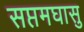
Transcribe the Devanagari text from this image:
सप्तमघासु